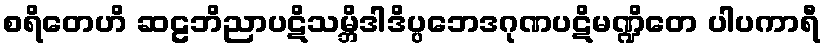
စရိတေဟိ ဆဠဘိညာပဋိသမ္ဘိဒါဒိပ္ပဘေဒဂုဏပဋိမဏ္ဍိတေ ပါပကာရီ